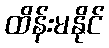
ထိန်းမနိုင်